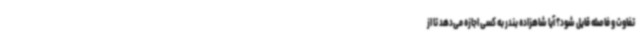
تفاوت و فاصله قایل شود؟ آیا شاهزاده بندر به کسی اجازه می‌دهد تا از